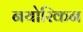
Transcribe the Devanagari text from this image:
नयोरिकन